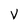
Character: V